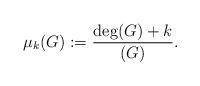
LaTeX: \begin{align*}\mu_k(G) := \frac{\deg(G)+k}{(G)}.\end{align*}